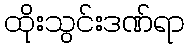
ထိုးသွင်းဒဏ်ရာ